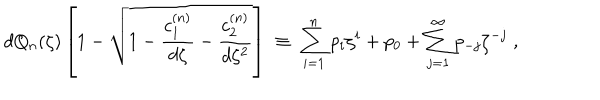
d Q _ { n } ( \zeta ) \left[ 1 - \sqrt { 1 - { \frac { c _ { 1 } ^ { ( n ) } } { d \zeta } } - { \frac { c _ { 2 } ^ { ( n ) } } { d \zeta ^ { 2 } } } } \right] \; \equiv \; \sum _ { i = 1 } ^ { n } p _ { i } \zeta ^ { i } + p _ { 0 } + \sum _ { j = 1 } ^ { \infty } p _ { - j } \zeta ^ { - j } \; ,